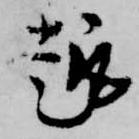
趣